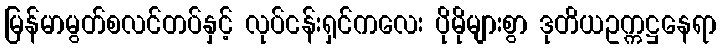
မြန်မာမွတ်စလင်တပ်နှင့် လုပ်ငန်းရှင်ကလေး ပိုမိုများစွာ ဒုတိယဥက္ကဋ္ဌနေရာ